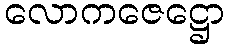
လောကဇေဋ္ဌော